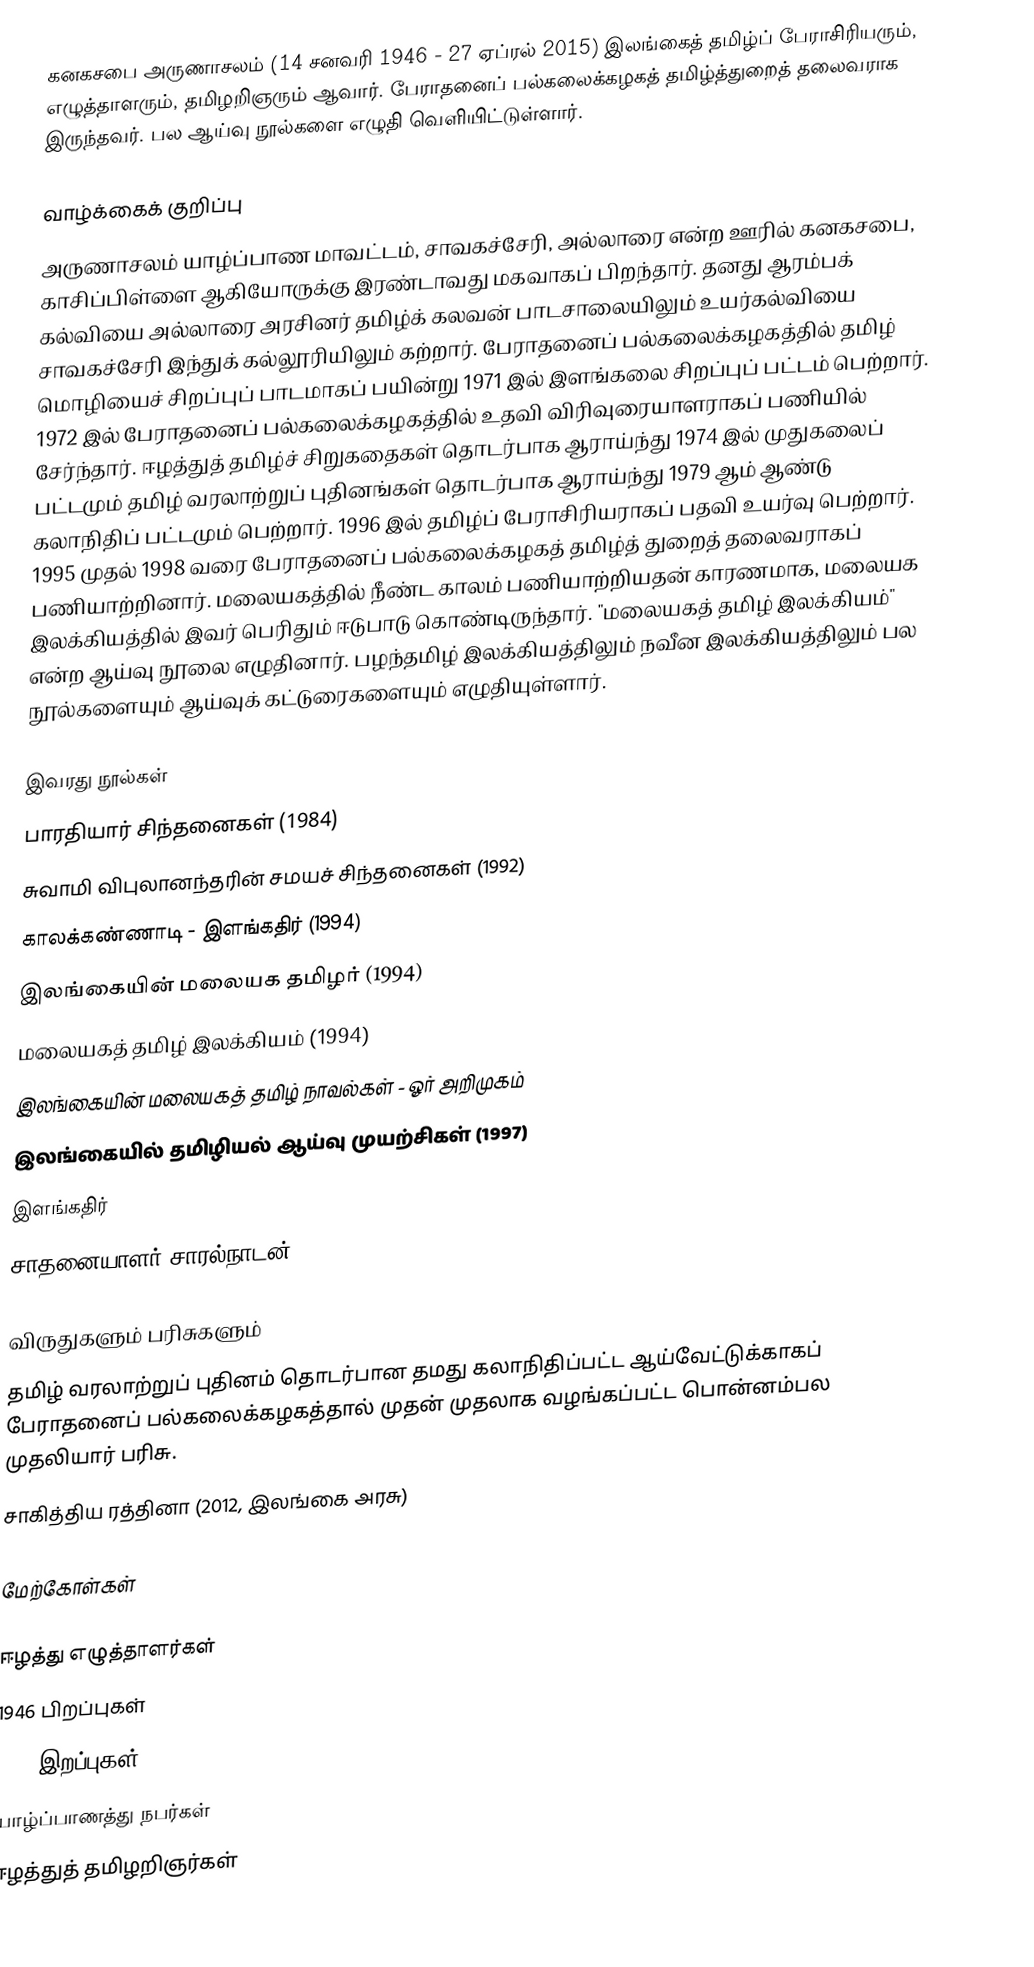
கனகசபை அருணாசலம் (14 சனவரி 1946 - 27 ஏப்ரல் 2015) இலங்கைத் தமிழ்ப் பேராசிரியரும், எழுத்தாளரும், தமிழறிஞரும் ஆவார். பேராதனைப் பல்கலைக்கழகத் தமிழ்த்துறைத் தலைவராக இருந்தவர். பல ஆய்வு நூல்களை எழுதி வெளியிட்டுள்ளார்.

வாழ்க்கைக் குறிப்பு
அருணாசலம் யாழ்ப்பாண மாவட்டம், சாவகச்சேரி, அல்லாரை என்ற ஊரில் கனகசபை, காசிப்பிள்ளை ஆகியோருக்கு இரண்டாவது மகவாகப் பிறந்தார். தனது ஆரம்பக் கல்வியை அல்லாரை அரசினர் தமிழ்க் கலவன் பாடசாலையிலும் உயர்கல்வியை சாவகச்சேரி இந்துக் கல்லூரியிலும் கற்றார். பேராதனைப் பல்கலைக்கழகத்தில் தமிழ் மொழியைச் சிறப்புப் பாடமாகப் பயின்று 1971 இல் இளங்கலை சிறப்புப் பட்டம் பெற்றார். 1972 இல் பேராதனைப் பல்கலைக்கழகத்தில் உதவி விரிவுரையாளராகப் பணியில் சேர்ந்தார். ஈழத்துத் தமிழ்ச் சிறுகதைகள் தொடர்பாக ஆராய்ந்து 1974 இல் முதுகலைப் பட்டமும் தமிழ் வரலாற்றுப் புதினங்கள் தொடர்பாக ஆராய்ந்து 1979 ஆம் ஆண்டு கலாநிதிப் பட்டமும் பெற்றார். 1996 இல் தமிழ்ப் பேராசிரியராகப் பதவி உயர்வு பெற்றார். 1995 முதல் 1998 வரை பேராதனைப் பல்கலைக்கழகத் தமிழ்த் துறைத் தலைவராகப் பணியாற்றினார். மலையகத்தில் நீண்ட காலம் பணியாற்றியதன் காரணமாக, மலையக இலக்கியத்தில் இவர் பெரிதும் ஈடுபாடு கொண்டிருந்தார். "மலையகத் தமிழ் இலக்கியம்" என்ற ஆய்வு நூலை எழுதினார். பழந்தமிழ் இலக்கியத்திலும் நவீன இலக்கியத்திலும் பல நூல்களையும் ஆய்வுக் கட்டுரைகளையும் எழுதியுள்ளார்.

இவரது நூல்கள்
 பாரதியார் சிந்தனைகள் (1984)
 சுவாமி விபுலானந்தரின் சமயச் சிந்தனைகள் (1992)
 காலக்கண்ணாடி - இளங்கதிர் (1994)
 இலங்கையின் மலையக தமிழர் (1994)
 மலையகத் தமிழ் இலக்கியம் (1994)
 இலங்கையின் மலையகத் தமிழ் நாவல்கள் - ஓர் அறிமுகம்
 இலங்கையில் தமிழியல் ஆய்வு முயற்சிகள் (1997)
 இளங்கதிர்
 சாதனையாளர் சாரல்நாடன் (2005)

விருதுகளும் பரிசுகளும்
தமிழ் வரலாற்றுப் புதினம் தொடர்பான தமது கலாநிதிப்பட்ட ஆய்வேட்டுக்காகப் பேராதனைப் பல்கலைக்கழகத்தால் முதன் முதலாக வழங்கப்பட்ட பொன்னம்பல முதலியார் பரிசு.
சாகித்திய ரத்தினா (2012, இலங்கை அரசு)

மேற்கோள்கள்

ஈழத்து எழுத்தாளர்கள்
1946 பிறப்புகள்
2015 இறப்புகள்
யாழ்ப்பாணத்து நபர்கள்
ஈழத்துத் தமிழறிஞர்கள்